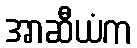
အာဆီယံက